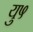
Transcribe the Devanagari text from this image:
यु५